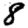
Digit: 8